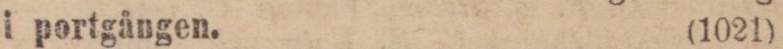
i portgången. (1021)